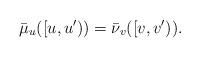
LaTeX: \begin{align*}\bar{\mu}_{u}([u,u'))=\bar{\nu}_{v}([v,v')). \end{align*}